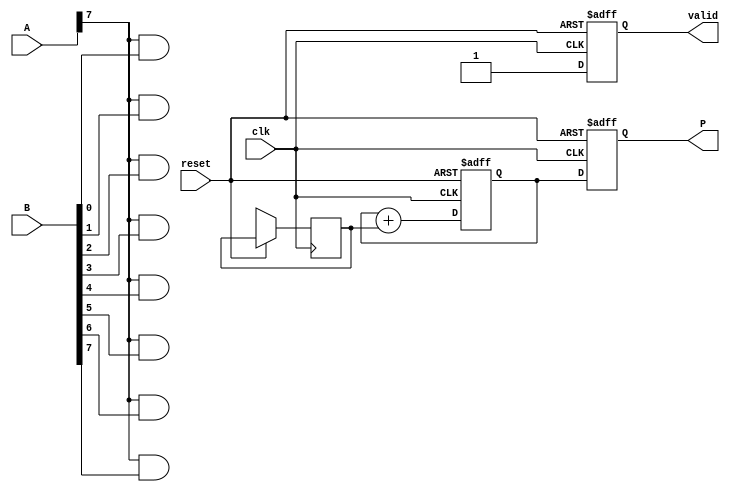
module wallace_tree_multiplier #(
    parameter N = 8, // Bit-width of operand A
    parameter M = 8  // Bit-width of operand B
)(
    input  wire [N-1:0] A,      // First fixed-point operand
    input  wire [M-1:0] B,      // Second fixed-point operand
    input  wire clk,             // Clock signal
    input  wire reset,           // Asynchronous reset signal
    output reg [N+M-1:0] P,      // Product output
    output reg valid             // Valid signal indicating completion
);

    // Internal signals
    reg [N+M-1:0] partial_products [0:N-1]; // Partial products
    reg [N+M-1:0] sum [0:N+M-1];             // Sums at each level
    reg [N+M-1:0] final_sum;                 // Final sum
    integer i, j;

    // Generate partial products
    always @(*) begin
        for (i = 0; i < N; i = i + 1) begin
            for (j = 0; j < M; j = j + 1) begin
                partial_products[i][i+j] = A[i] & B[j]; // AND operation
            end
        end
    end

    // Wallace tree reduction
    always @(posedge clk or posedge reset) begin
        if (reset) begin
            valid <= 0;
            P <= 0;
            final_sum <= 0;
        end else begin
            // Initialize sums with partial products
            for (i = 0; i < N; i = i + 1) begin
                sum[i] <= partial_products[i];
            end

            // Perform Wallace tree reduction
            // Level 1 reduction
            for (i = 0; i < N-1; i = i + 2) begin
                sum[i/2] <= sum[i] + sum[i+1]; // Add pairs of sums
            end

            // Handle odd count of sums
            if (N % 2 == 1) begin
                sum[N/2] <= sum[N-1];
            end

            // Final addition
            final_sum <= sum[0];
            for (i = 1; i < (N+M)/2; i = i + 1) begin
                final_sum <= final_sum + sum[i];
            end

            // Output the product and valid signal
            P <= final_sum;
            valid <= 1; // Indicate multiplication is complete
        end
    end

endmodule